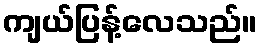
ကျယ်ပြန့်လေသည်။